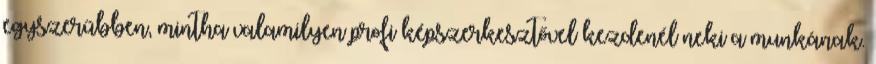
egyszerűbben, mintha valamilyen profi képszerkesztővel kezdenél neki a munkának.